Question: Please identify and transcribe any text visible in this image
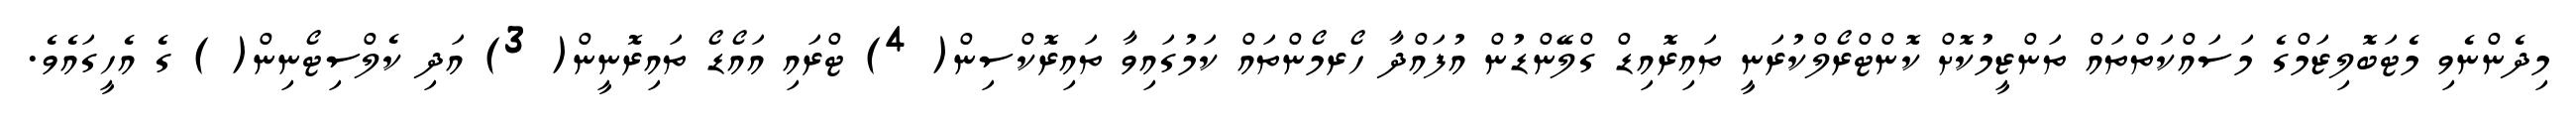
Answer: މިދެންނެވި މެޓަބޮލިޒަމްގެ މަސައްކަތްތައް ތަންޒީމުކޮށް ކޮންޓްރޯލްކުރަނީ ތައިރޮއިޑް ގްލޭންޑުން އުފައްދާ ހޯރމޯންތައް ކަމުގައިވާ ތައިރޮކްސިން( 4) ޓްރައި އައޯޑޯ ތައިރޮނީން( 3) އަދި ކެލްސިޓޯނިން( ) ގެ އެހީގައެވެ.